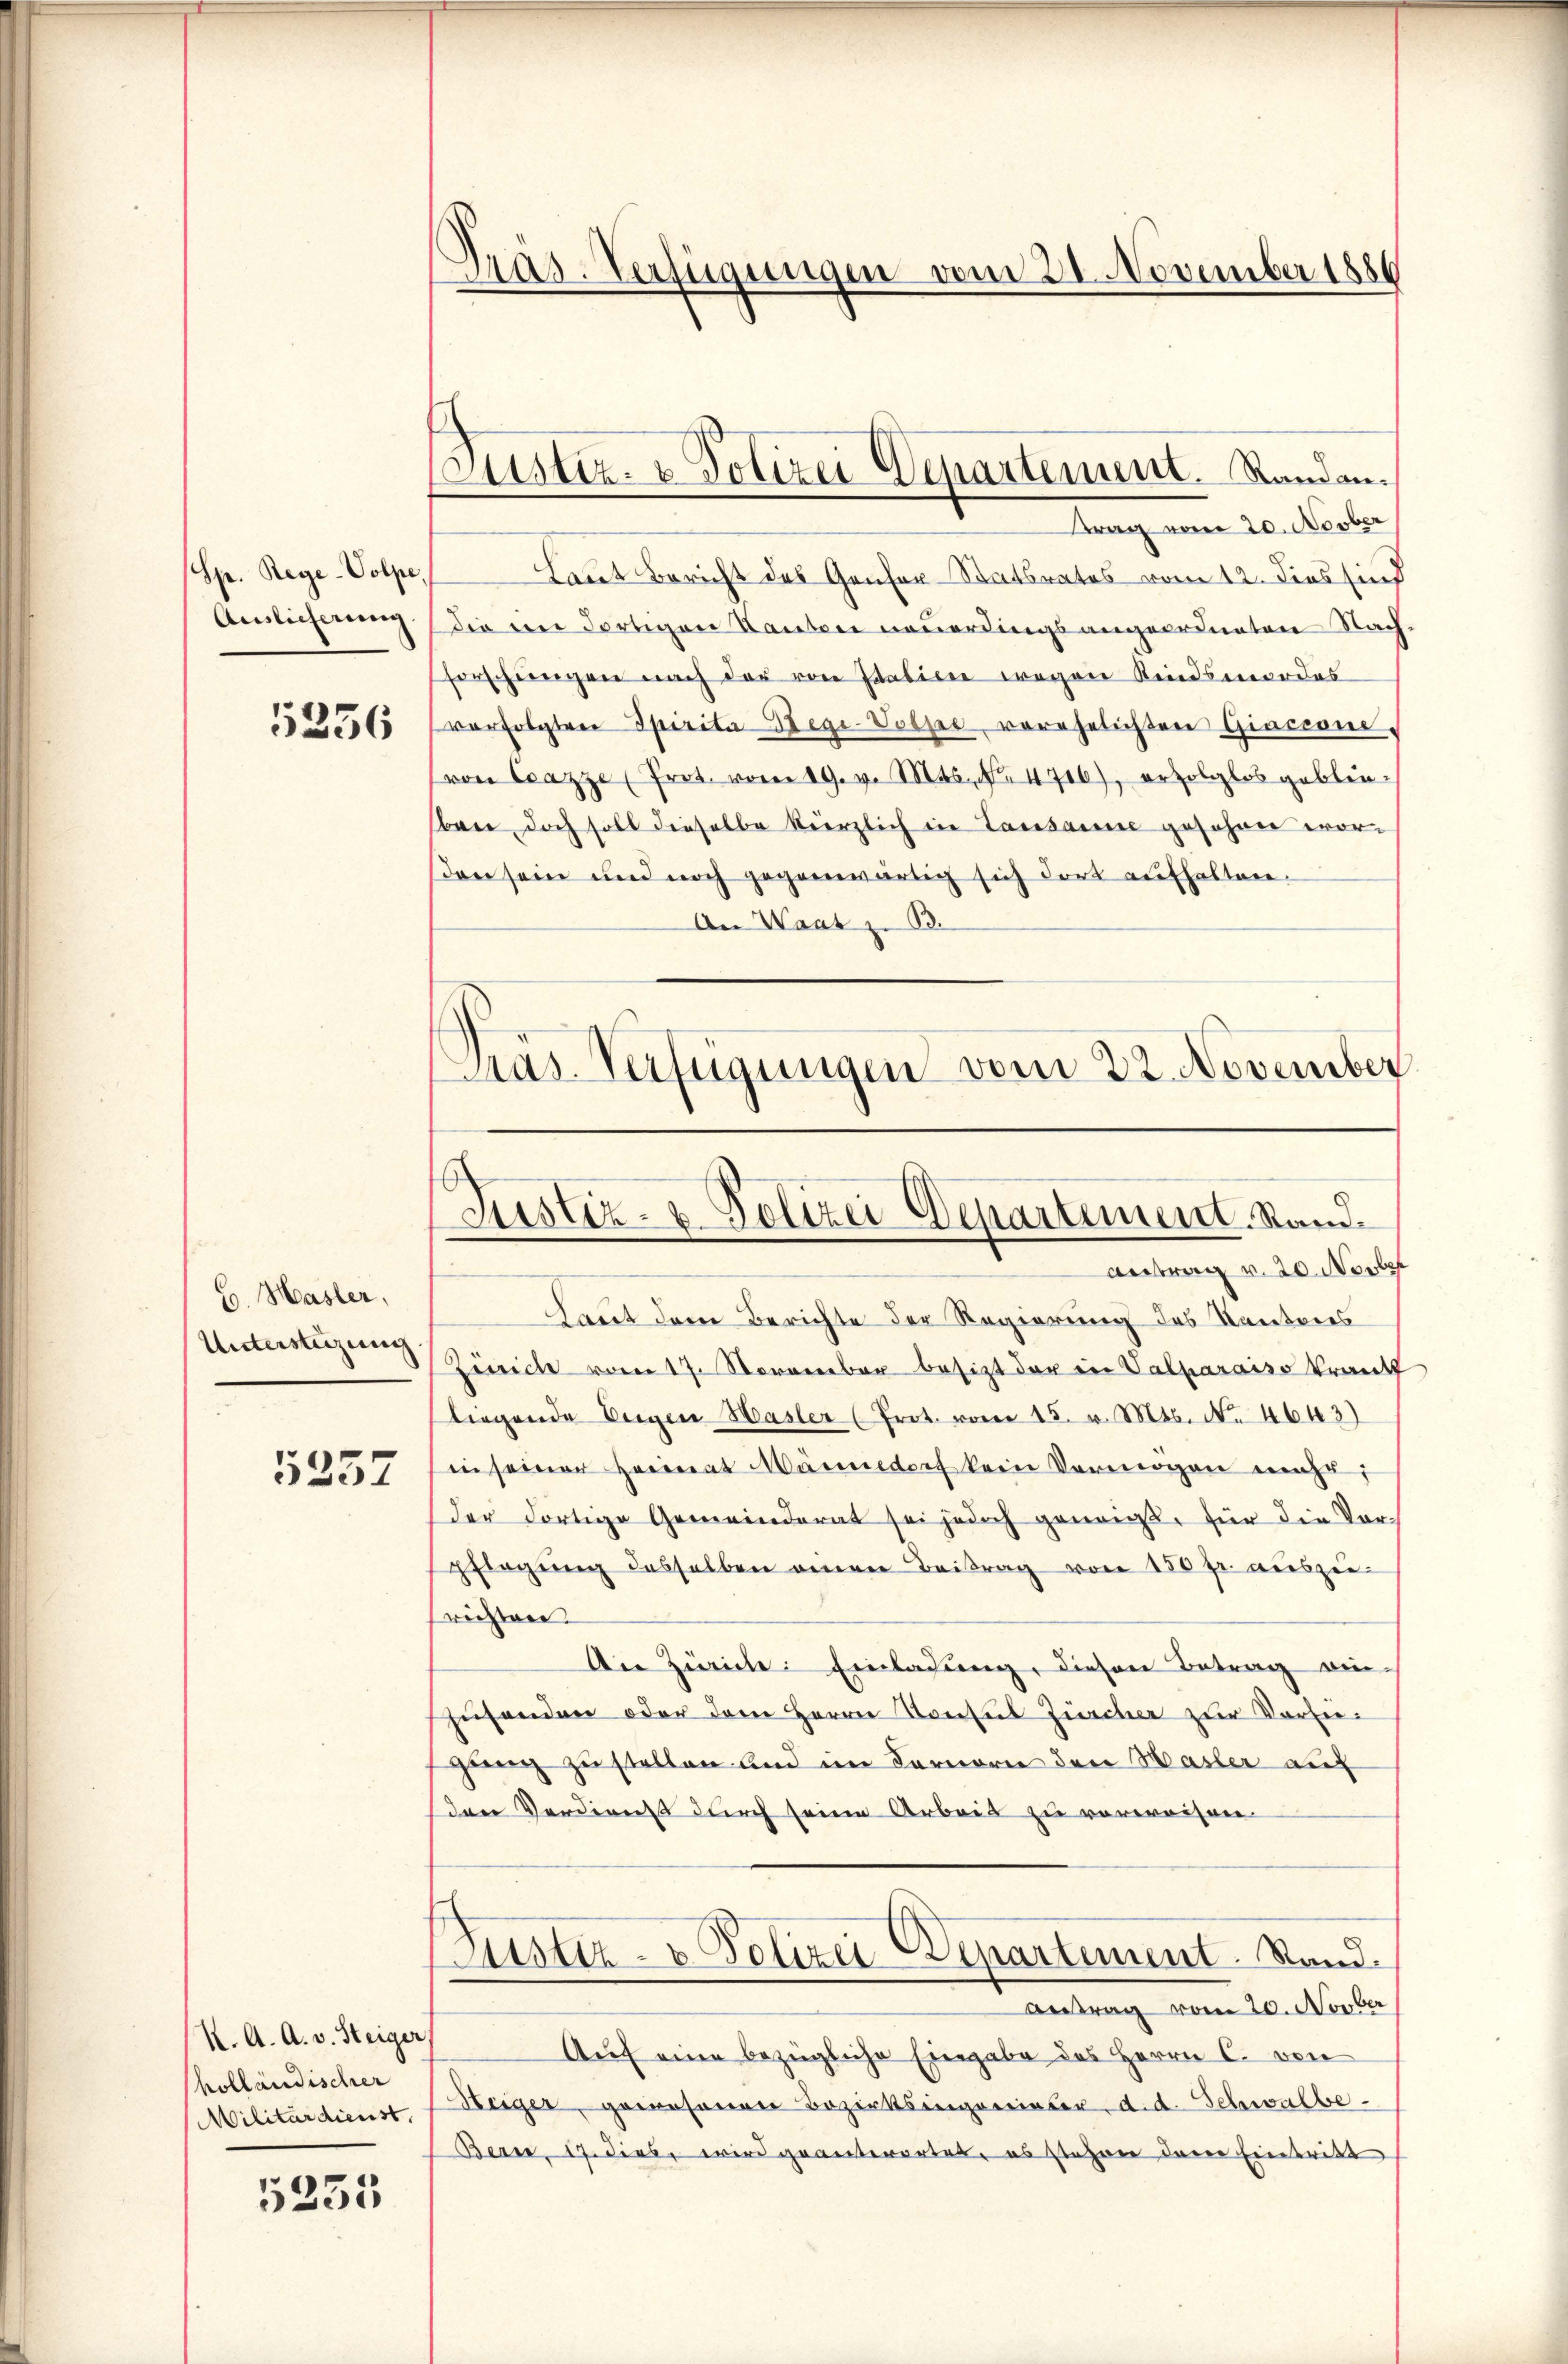
Sp. Rege-Volpe,
Ainlicherung

5256

C. Hasler,
Untersteigung

5257

K. A. A. v. Steiger
holländischer
Militärdienst,

5253

Pras-Verfügungen vom 21. November 188

Justiz- & Polizei Departement. Standantrag vom 20. Novber

Justiz- & Polizei Departement. Stand.
Antrag v. 20. Novber

Laut Bericht des Genfer-Statsrates vom 12. dies sind
Die ein Fortigen Kanton neuerdings angeordneten Nach-
forschringen nach der von Italien wegen Kindsmordes
verfolgter Spiritaegi-Volsee vorehelichten Giacione.
(von Crazze (Prot. vom 19. v. Mts., Nr. 4716), erzolglos geblinben, doch soll dieselbe kürzlich in Lausanne gefahren worsden sein und noch gegenwärtig sich dort aufhalten.
An Waar z. B.
ras. Verfügungen vom 22. November

Laut dem Berichte der Regierung des Kantons
Zürich vom 17. November besitzt der in Valparaiso krank
liegende Eigen Hasler (Prot. vom 15. v. Mts. No 4643)
in seiner Heimat Männedorf kein Vermögen mehr;
der dortige Gemeinderat sei jedoch geneigt, für die Vor-
pflegŭng desselben einen Beitrag von 150 fr. aŭszŭ-
richten
An Zwicke: Einlassung, diesen Betrag ein-
zusenden oder dem Herrn Konsul Zürcher zur Vorlegang zu stellen und im Fernern den Hasler auf
den Verdienst durch seine Arbeit zu verweisen.
Justiz- & Polizei Departement. Stand.
Antrag vom 20. Novber
Auf eine bezügliche Eingabe des Herrn C. von
Steiger, gewesenen Bezirksingenieser, d. d. Schwalbe¬
Bern, 17. Diebe wird geanterortet, es stehen darin Eintritt